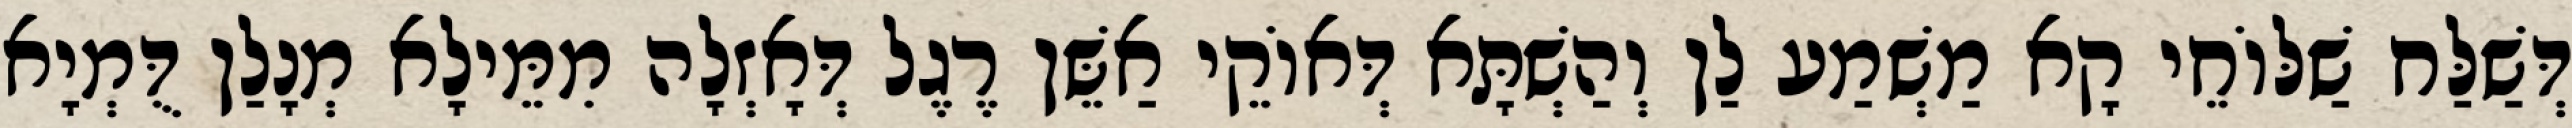
דְּשַׁלַּח שַׁלּוֹחֵי קָא מַשְׁמַע לַן וְהַשְׁתָּא דְּאוֹקֵי אַשֵּׁן רֶגֶל דְּאָזְלָה מִמֵּילָא מְנָלַן דֻּמְיָא